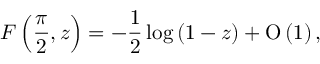
F \left( \frac { \pi } { 2 } , z \right) = - \frac { 1 } { 2 } \log { ( 1 - z ) } + \ensuremath { \operatorname { O } \left( 1 \right) } ,